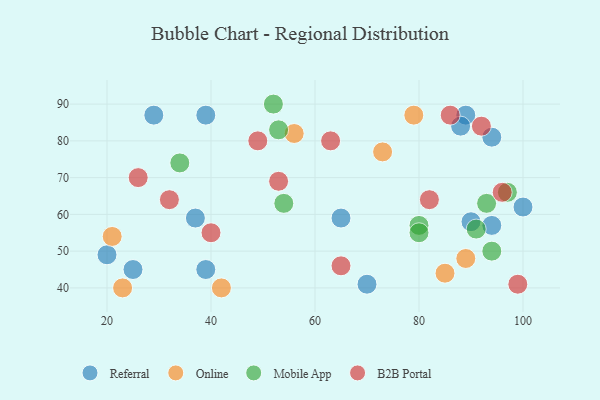
{"axis": {"x": "GDP", "y": "Life Expectancy"}, "legend": ["B2B Portal", "Mobile App", "Online", "Referral"], "data": [{"x": "100", "y": 62, "type": "Referral"}, {"x": "65", "y": 59, "type": "Referral"}, {"x": "39", "y": 45, "type": "Referral"}, {"x": "39", "y": 87, "type": "Referral"}, {"x": "94", "y": 81, "type": "Referral"}, {"x": "29", "y": 87, "type": "Referral"}, {"x": "25", "y": 45, "type": "Referral"}, {"x": "90", "y": 58, "type": "Referral"}, {"x": "94", "y": 57, "type": "Referral"}, {"x": "89", "y": 87, "type": "Referral"}, {"x": "20", "y": 49, "type": "Referral"}, {"x": "37", "y": 59, "type": "Referral"}, {"x": "70", "y": 41, "type": "Referral"}, {"x": "88", "y": 84, "type": "Referral"}, {"x": "79", "y": 87, "type": "Online"}, {"x": "56", "y": 82, "type": "Online"}, {"x": "89", "y": 48, "type": "Online"}, {"x": "42", "y": 40, "type": "Online"}, {"x": "21", "y": 54, "type": "Online"}, {"x": "73", "y": 77, "type": "Online"}, {"x": "85", "y": 44, "type": "Online"}, {"x": "23", "y": 40, "type": "Online"}, {"x": "80", "y": 57, "type": "Mobile App"}, {"x": "91", "y": 56, "type": "Mobile App"}, {"x": "52", "y": 90, "type": "Mobile App"}, {"x": "54", "y": 63, "type": "Mobile App"}, {"x": "80", "y": 55, "type": "Mobile App"}, {"x": "93", "y": 63, "type": "Mobile App"}, {"x": "53", "y": 83, "type": "Mobile App"}, {"x": "94", "y": 50, "type": "Mobile App"}, {"x": "97", "y": 66, "type": "Mobile App"}, {"x": "34", "y": 74, "type": "Mobile App"}, {"x": "26", "y": 70, "type": "B2B Portal"}, {"x": "63", "y": 80, "type": "B2B Portal"}, {"x": "99", "y": 41, "type": "B2B Portal"}, {"x": "32", "y": 64, "type": "B2B Portal"}, {"x": "92", "y": 84, "type": "B2B Portal"}, {"x": "82", "y": 64, "type": "B2B Portal"}, {"x": "86", "y": 87, "type": "B2B Portal"}, {"x": "65", "y": 46, "type": "B2B Portal"}, {"x": "53", "y": 69, "type": "B2B Portal"}, {"x": "96", "y": 66, "type": "B2B Portal"}, {"x": "49", "y": 80, "type": "B2B Portal"}, {"x": "40", "y": 55, "type": "B2B Portal"}]}